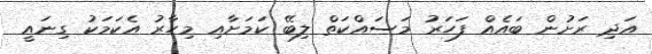
އަދި ރަށުން ބައެއް ފަހަރު މަސައްކަތް ލިބޭ ކަމަށާއި މިހާރު އެކަމަކު ގިނައީ